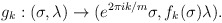
\begin{align*}g_k:(\sigma,\lambda) \rightarrow (e^{2 \pi i k/m} \sigma,f_k(\sigma) \lambda).\end{align*}